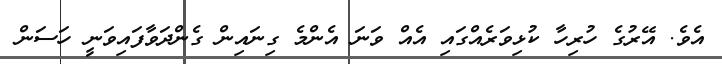
އެވެ. އޭރުގެ ހުރިހާ ކުޅިވަރެއްގައި އެއް ވަނަ އެންމެ ގިނައިން ގެންދަވާފައިވަނީ ހަސަން